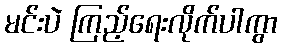
မင်းပဲ ကြည့်ရေးလိုက်ပါကွာ